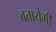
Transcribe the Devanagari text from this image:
बतायेगी